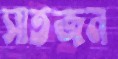
সাতজন